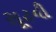
સૂટની